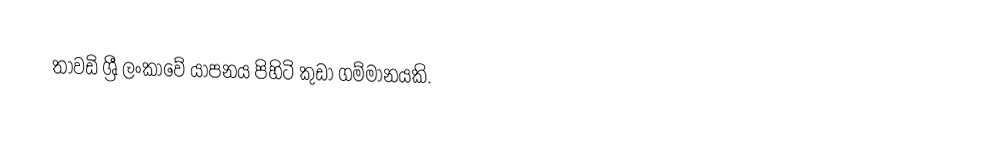
තාවඩි ශ්‍රී ලංකාවේ යාපනය පිහිටි කුඩා ගම්මානයකි.